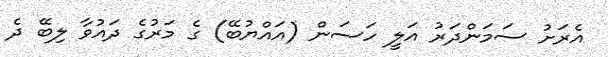
އެރަށު ސަމަންދަރު އަލީ ހަސަން (އައްޔުބޭ) ގެ މަރުގެ ދައުވާ ލިބޭ ދެ